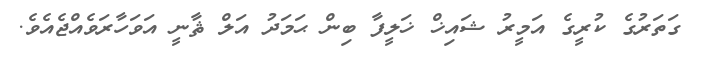
ގަތަރުގެ ކުރީގެ އަމީރު ޝައިޚް ޚަލީފާ ބިން ޙަމަދު އަލް ޘާނީ އަވަހާރަވެއްޖެއެވެ.